King Institute of Preventive Medicine Micro-Biological Section reports 1909-11
Year: 1909
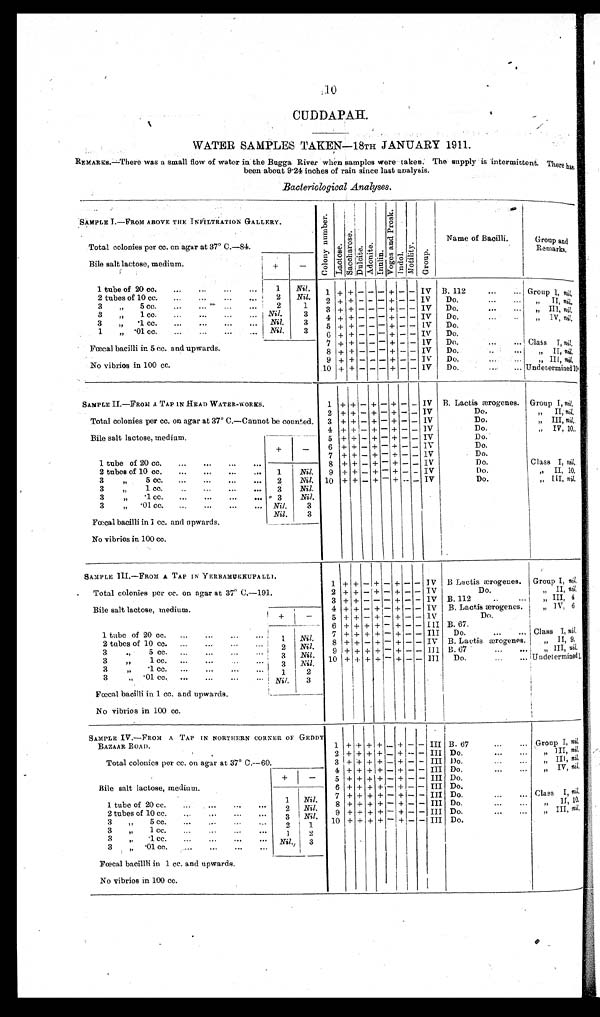
10
CUDDAPAH.
WATER SAMPLES TAKEN― 18TH JANUARY 1911.
REMARKS.― There was a small flow of water in the Bugga River when samples were taken. The supply is intermittent. There has
been about 9.24 inches of rain since last analysis.
Bacteriological Analyses.
SAMPLE I—FROM ABOVE THE INFILTRATION GALLERY.
C o l o n y N u m b e r .
L a c t o s e .
S a c c h a r o s e .
D u l c i t e . A d o n i t e . I n u l i n .
V o g e s a n d P r o s k .
I n d o l .
M o t i l i t y .
G r o u p .
Name of Bacilli.
Group and
Remarks.
Total colonies per cc. on agar at 37° C.― 84.
Bile salt lactose, medium.
+
-
1 tube of 20 cc.
...
....
...
...
1
Nil.
1
+ + - - - + - - IV B. 112
...
... Group I, nil.
2 tubes of 10 cc.
...
...
...
2
Nil.
2 + + - - - + - - IV
Do.
...
... „ II, n i l .
3 „ 5 cc. ... ....
2
1
3 + + - - - + - - IV Do.
...
...
„
III,
nil.
3 „ 1 cc.
...
...
...
... Nil.
3
4 + + - - - + - - IV Do.
„ IV
, nil.
3 „.1 cc.
...
...
...
... Nil.
3
5 + + - - - + - - IV Do.
1 „ .01 cc.
...
...
...
... Nil.
3
6 + + - - - + - -
I V Do.
7 + + - - - + - - IV Do.
... Class I, n i l .
Fœcal bacilli in 5 cc. and upwards.
8 + + - - - + - - IV Do.
...
„
II,
nil.
No vibrios in 100 cc.
9 + + - - - + - - IV Do.
.
„ III, nil.
10 + + - - - + - - IV Do.
...
... Undetermined 10.
SAMPLE II.—FROM A TAP IN HEAD WATER-WORKS.
1 +
+ -
+ - + - - IV B. Lactis ærogenes . Group I, nil.
2
+ + - + - + - - IV
Do.
„
II,
nil.
Total colonies per cc. on agar at 37° C.—Cannot be counted. 3 + + - + - + - - IV
Do.
„ III, nil.
4 + + - + - + - - IV
Do.
„ IV, 10.
Bile salt lactose, medium.
+
-
5 + + - + - + - - IV
Do.
6
+ + - + - + - - IV
Do.
7
+ + - - - + - - IV
Do.
1 tube of 20 cc.
...
...
..,
...
1
N i l
. 8 + + - + - + - - IV
Do.
Class I, nil,
2 tubes of 10 cc.
...
...
...
...
2 Nil.
9 + + - + - + - - IV
Do.
„
II,10.
3 „ 5 cc. ... ... ... ...
3 Nil. 10 + + - + - + - - IV
Do.
„ III, nil .
3 „ 1 cc.
... ... ... ...
3
Nil.
3 „ .1 CC.
...
...
...
...
N i l .
3
3 „ .01 cc.
...
...
...
...
Nil.
3
Fœcal bacilli in 1 cc. and upwards.
No vibrios in 100 cc.
SAMPLE III.—FROM A TAP IN YERRAMUKKUPALLI.
1 + +
- +
- + - - IV B Lactis ærogenes . Group I, nil .
Total colonies per cc. on agar at 37° C.—191.
2 + + - + - + - - IV
Do.
„ II, nil.
3
+ + - - - + - - IV B. 112
... ...
„ III, 4
4 + + - + - + - - IV B. Lactis ærogenes.
„ IV, 6
Bile salt lactose, medium.
+
-
5 + + - + - + - - IV
Do.
6 + + + + - + - - III B.67.
1 tube of 20 cc. ...
...
...
1
Nil.
7 + + + + - + - - III Do.
...
.. Class I, nil.
2 tubes of 10 cc. ...
2
.
Nil.
8
+ + - + - + - - IV B. Lactis ærogenes.
„ II,9.
3 „ 5 cc. ....
...
3
N i l
.
9 + + + + - + - - Ill B. 67
...
...
„ III,nil.
3 „ 1 cc...
...
...
3 Nil .
10 + + + + - + - -
I I I Do.
...
...
Undetermined 1.
3 „ .1 cc. ...
...
...
1
2
3 „ .01 cc. ...
...
...
...
N i l
.
3
Fœcal bacilli in 1 cc. and upwards
No vibrios in 100 cc.
SAMPLE IV.—FROM A TAP IN NORTHERN CORNER OF GEDDY
BAZAAR ROAD.
1 + + + + - + - - III B. 67
...
... Group I, nil.
2
+ + + + - + - - III Do.
„ I I I ,
n i l
.
Total colonies per cc.. on agar at 37° C.—60.
3
+ + + + - + - - III Do.
„ III, nil.
4 + + + + - + - - III Do.
„ I V ,
n i l
.
Bile salt lactose, medium.
+
-
5 + + + + - + - - III Do.
6 + + + - - + - - III Do.
7 + + + + - + - - III Do.
...
... Class I, nil.
1 tube of 20 cc.
1
N i l .
8 + + + + - + - -
I I I Do.
„ I I , 1 0 .
9 + + + + - + - - III Do.
III, nil.
2 tubes of 10 cc.
. . .
2
Nil.
3 „ 5 cc.
...
.. .. .
...
3 Nil .
10 + + + + - + - - III Do.
3 „ 1 cc.
...
. . .
2
1
3 „ .1 cc.
...
..
...
. . .
1
2
3 „ .01 cc.
...
...
...
. . .
N i l
. 3
Fœcal bacilli in 1 cc. and upwards.
No vibrios in 100 cc.